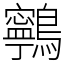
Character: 鸋